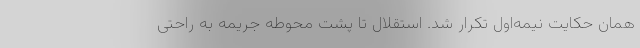
همان حکایت نیمه‌اول تکرار شد. استقلال تا پشت محوطه جریمه به راحتی